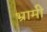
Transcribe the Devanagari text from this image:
भ्रामी